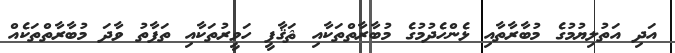
އަދި އަތުލިޔުމުގެ މުބާރާތާއި ޅެންހެދުމުގެ މުބާރާތްތަކާއި ޘަޤާފީ ހަވީރުތަކާއި ތަފާތު ވާދަ މުބާރާތްތަކެއް